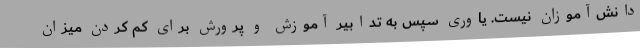
دانش‌آموزان نیست. یاوری سپس به تدابیر آموزش و پرورش برای کم کردن میزان